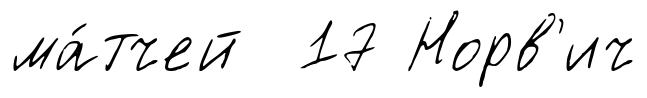
ма́тчей 17 Норв'ич